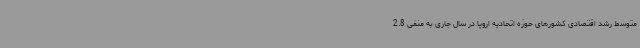
متوسط رشد اقتصادی کشورهای حوزه اتحادیه اروپا در سال جاری به منفی 2.8